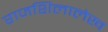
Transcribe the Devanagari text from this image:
राजशिलालेख